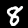
Digit: 8